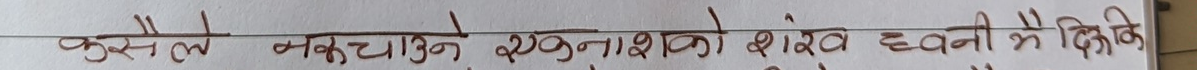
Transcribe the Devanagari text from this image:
कुसैले नकुचाउने झुनाशाको शेरख ध्वनी मै दिएकि